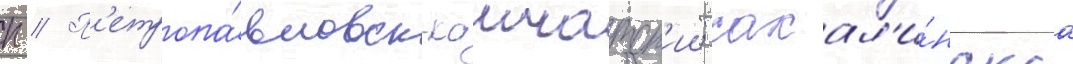
п // П'етропа́вловск-камчатск'ии; сахал'и́нскаа